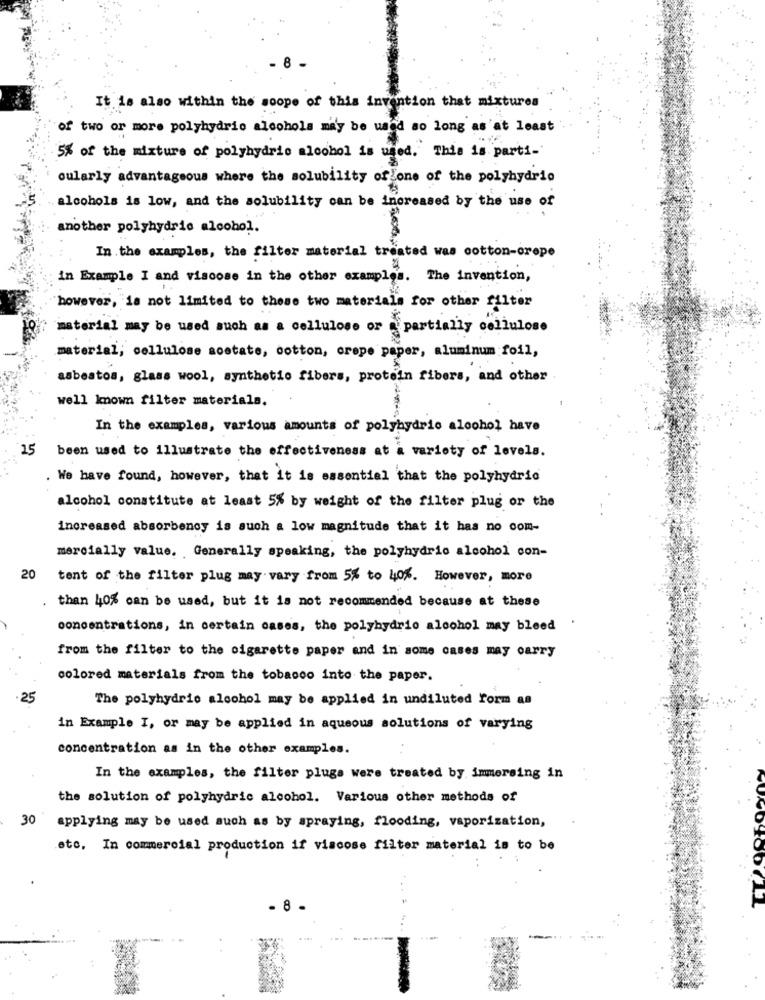
8
It is also within the scope of this invention that mixtures
of two or more polyhydrio alcohols may be used so long as'at least
5% of the mixture of polyhydrie alcohol is used. This is parti-
oularly advantageous where the solubility of one of the polyhydrio
alcohols is low, and the solubility can be increased by the use of
another polyhydrie alcohol.
In the examples, the filter material treated was cotton-crepe
in Example I and viscose in the other examples. The invention,
however, is not limited to these two materials for other filter
material may be used such as a cellulose or partially cellulose
material; cellulose sostate, cotton, crepe paper, aluminum foil,
asbestos, glass wool, synthetic fibers, protein fibers, and other
well known filter materials.
In the examples, various amounts of polyhydrio alcohol have
25
been used to illustrate the effectiveness at a variety of levels.
. We have found, however, that it is essential that the polyhydric
alcohol constitute at least 5% by weight of the filter plug or the
increased absorbency is such a low magnitude that it has no com-
mercially value. Generally speaking, the polyhydrio alcohol con-
20
tent of the filter plug may vary from 5% to 40%. However, more
. than 40% can be used, but it is not recommended because at these
concentrations, in certain cases, the polyhydrio alcohol may bleed
from the filter to the cigarette paper and in some cases may carry
colored materials from the tobacco into the paper.
.25
The polyhydrio alcohol may be applied in undiluted form an
in Example I, or may be applied in aqueous solutions of varying
concentration as in the other examples.
In the examples, the filter plugs were treated by immersing in
the solution of polyhydric alcohol. Various other methods of
30
applying may be used such as by spraying, flooding, vaporization,
eto, In commercial production if viscose filter material is to be
- 8 -